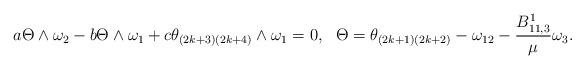
LaTeX: \begin{align*}a\Theta\wedge\omega_2-b\Theta\wedge\omega_1+c\theta_{(2k+3)(2k+4)}\wedge\omega_1=0, ~~\Theta=\theta_{(2k+1)(2k+2)}-\omega_{12}-\frac{B^1_{11,3}}{\mu}\omega_3.\end{align*}